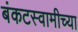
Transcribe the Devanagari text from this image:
बंकटस्वामीच्या